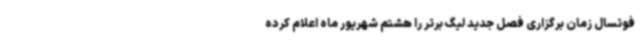
فوتسال زمان برگزاری فصل جدید لیگ برتر را هشتم شهریور ماه اعلام کرده